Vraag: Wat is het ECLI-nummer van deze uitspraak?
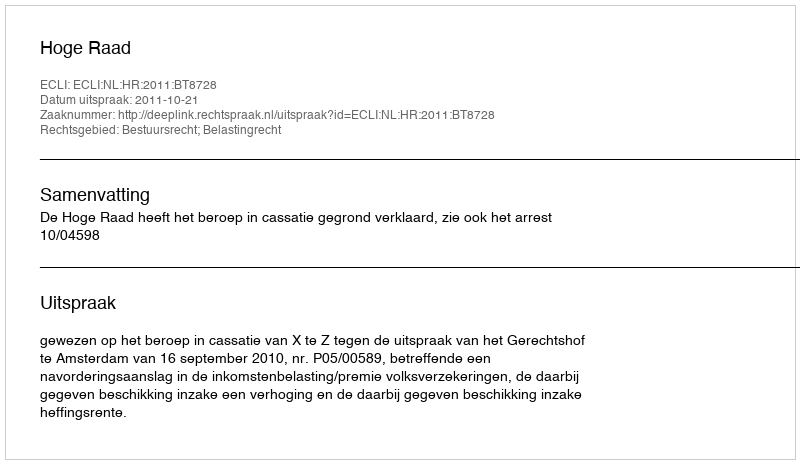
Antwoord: ECLI:NL:HR:2011:BT8728